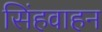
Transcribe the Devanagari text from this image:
सिंहवाहन